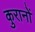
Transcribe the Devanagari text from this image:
कुरानों